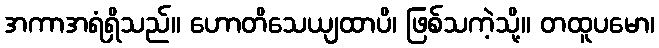
အကာအရံရှိသည်။ ဟောတိသေယျထာပိ၊ ဖြစ်သကဲ့သို့။ တထူပမော၊